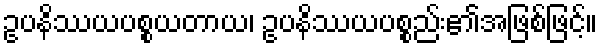
ဥပနိဿယပစ္စယတာယ၊ ဥပနိဿယပစ္စည်း၏အဖြစ်ဖြင့်။